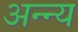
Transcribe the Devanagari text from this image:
अन्न्य